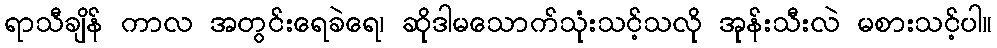
ရာသီချိန် ကာလ အတွင်းရေခဲရေ၊ ဆိုဒါမသောက်သုံးသင့်သလို အုန်းသီးလဲ မစားသင့်ပါ။